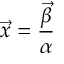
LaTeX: \vec { x } = { \frac { \vec { \beta } } { \alpha } }